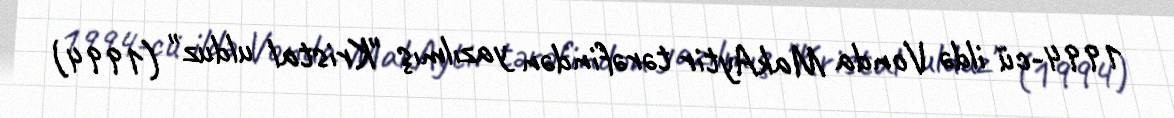
1994-cü ildə Vonda MakAytir tərəfindən yazılmış "Kristal ulduz" (1994)